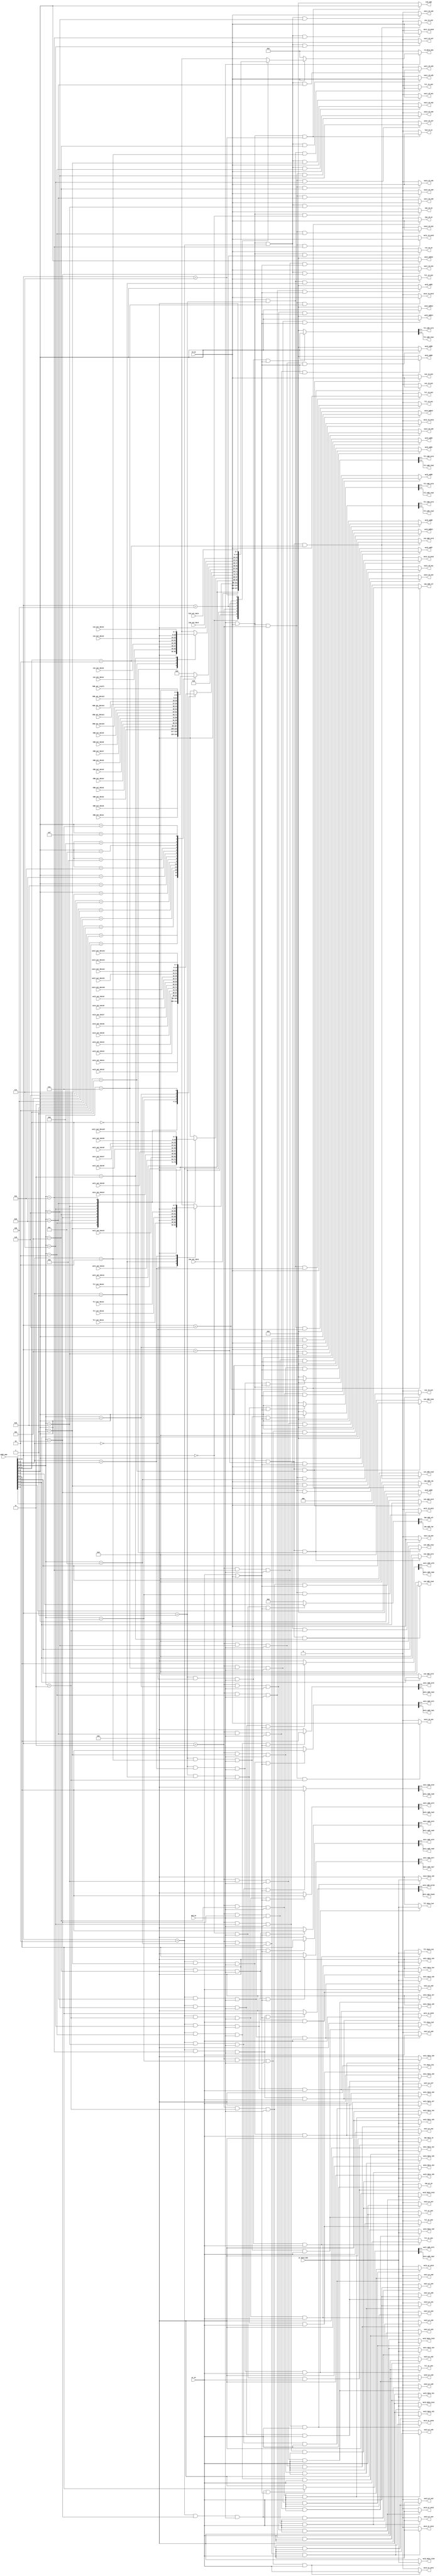
`timescale 1ns / 1ps
//////////////////////////////////////////////////////////////////////////////////
// Company: 
// Engineer: 
// 
// Design Name: 
// Module Name: Addr_tr
// Project Name: 
// Target Devices: 
// Tool Versions: 
// Description: 
// 
// Dependencies: 
// 
// Revision:
// Revision 0.01 - File Created
// Additional Comments:
// 
//////////////////////////////////////////////////////////////////////////////////


module Addr_tr(
   //general input
     wr_en, rd_en, mem_en, addr_mem, wr_data_mem, rd_data_mem,
     ima_wr_en, fil_wr_en1, fil_wr_en2, fil_wr_en3, fil_wr_en4,
     
     wei1_wr_en1, wei1_wr_en2, wei1_wr_en3, wei1_wr_en4, wei1_wr_en5,
     wei1_wr_en6, wei1_wr_en7, wei1_wr_en8, wei1_wr_en9, wei1_wr_en10,
     
     wei2_wr_en1, wei2_wr_en2, wei2_wr_en3, wei2_wr_en4, wei2_wr_en5, wei2_wr_en6, wei2_wr_en7,
     wei2_wr_en8, wei2_wr_en9, wei2_wr_en10, wei2_wr_en11, wei2_wr_en12, wei2_wr_en13, wei2_wr_en14,
     
     // Cnn Input Data
     ima_data_in, fil_data_in1, fil_data_in2, fil_data_in3, fil_data_in4,
     wei1_data_in0, wei1_data_in1, wei1_data_in2, wei1_data_in3, wei1_data_in4, wei1_data_in5,
     wei1_data_in6, wei1_data_in7, wei1_data_in8, wei1_data_in9,
     
     wei2_data_in0,wei2_data_in1,wei2_data_in2,wei2_data_in3,wei2_data_in4,
     wei2_data_in5,wei2_data_in6,wei2_data_in7,wei2_data_in8,wei2_data_in9,
     wei2_data_in10,wei2_data_in11,wei2_data_in12,wei2_data_in13,
     
     // Cnn Output Data
     CNN_out_result, CNN_out_data0, CNN_out_data1, CNN_out_data2, CNN_out_data3,
     CNN_out_data4, CNN_out_data5, CNN_out_data6, CNN_out_data7, CNN_out_data8,
     CNN_out_data9, CNN_out_data10, CNN_out_data11, CNN_out_data12, CNN_out_data13,
    
     // address
     ima_add_col,ima_add_row,
     fil_add_col1, fil_add_row1, fil_add_col2, fil_add_row2, fil_add_col3, fil_add_row3, fil_add_col4, fil_add_row4,
     
     wei1_add_col1, wei1_add_row1, wei1_add_col2, wei1_add_row2, wei1_add_col3, wei1_add_row3, wei1_add_col4, wei1_add_row4,
     wei1_add_col5, wei1_add_row5, wei1_add_col6, wei1_add_row6, wei1_add_col7, wei1_add_row7, wei1_add_col8, wei1_add_row8,
     wei1_add_col9, wei1_add_row9, wei1_add_col10, wei1_add_row10,
     
     wei2_add1, wei2_add2, wei2_add3, wei2_add4, wei2_add5, wei2_add6, wei2_add7,
     wei2_add8, wei2_add9, wei2_add10, wei2_add11, wei2_add12, wei2_add13, wei2_add14,
     /////////////////////////////////
     con_add_row1 ,con_add_col1, con_add_row2, con_add_col2, con_add_row3, con_add_col3, con_add_row4, con_add_col4,
     
     inp_add_row ,inp_add_col, hid_add,
     
     ima_rd_en, fil_rd_en1, fil_rd_en2, fil_rd_en3, fil_rd_en4,
     wei1_rd_en1, wei1_rd_en2, wei1_rd_en3, wei1_rd_en4, wei1_rd_en5, wei1_rd_en6, wei1_rd_en7, wei1_rd_en8, wei1_rd_en9, wei1_rd_en10,
     wei2_rd_en1, wei2_rd_en2, wei2_rd_en3, wei2_rd_en4, wei2_rd_en5, wei2_rd_en6, wei2_rd_en7,
     wei2_rd_en8, wei2_rd_en9, wei2_rd_en10, wei2_rd_en11, wei2_rd_en12, wei2_rd_en13, wei2_rd_en14,
     con_rd_en1, con_rd_en2, con_rd_en3, con_rd_en4, inp_rd_en, hid_rd_en, res_rd_en,
     
     ima_out_data, fil_out_data1, fil_out_data2, fil_out_data3, fil_out_data4,
     con_out_data1, con_out_data2, con_out_data3, con_out_data4,
     wei1_out_data1, wei1_out_data2, wei1_out_data3, wei1_out_data4, wei1_out_data5, wei1_out_data6, wei1_out_data7, wei1_out_data8, wei1_out_data9, wei1_out_data10,
     wei2_out_data1, wei2_out_data2, wei2_out_data3, wei2_out_data4, wei2_out_data5, wei2_out_data6, wei2_out_data7,
     wei2_out_data8, wei2_out_data9, wei2_out_data10, wei2_out_data11, wei2_out_data12, wei2_out_data13, wei2_out_data14,
     inp_out_data, hid_out_data
    );
    
    parameter DWIDTH = 16;
    parameter CWIDTH = 8;
    parameter IWIDTH = 5; //image memory
    parameter FWIDTH = 2;
    parameter W1_WIDTH_R = 5;
    parameter W1_WIDTH_C = 3;
    parameter W2_WIDTH = 4;
    parameter OWIDTH = 4;
    parameter HWIDTH = 4;
    parameter RWIDTH = 4;
        
    //memory enable signal
    input wr_en;
    input rd_en;
    input mem_en;
    
    //memory
    input wire [DWIDTH-1:0] addr_mem;
    input wire [CWIDTH-1:0] wr_data_mem;
    output reg [DWIDTH-1:0] rd_data_mem;
    
    output [IWIDTH-1:0] ima_add_row;
    output [IWIDTH-1:0] ima_add_col;
    output [FWIDTH-1:0] fil_add_row1;
    output [FWIDTH-1:0] fil_add_row2;
    output [FWIDTH-1:0] fil_add_row3;
    output [FWIDTH-1:0] fil_add_row4;
    output [FWIDTH-1:0] fil_add_col1;
    output [FWIDTH-1:0] fil_add_col2;
    output [FWIDTH-1:0] fil_add_col3;
    output [FWIDTH-1:0] fil_add_col4;
    output [W1_WIDTH_R-1:0] wei1_add_row1;
    output [W1_WIDTH_R-1:0] wei1_add_row2;
    output [W1_WIDTH_R-1:0] wei1_add_row3;
    output [W1_WIDTH_R-1:0] wei1_add_row4;
    output [W1_WIDTH_R-1:0] wei1_add_row5;
    output [W1_WIDTH_R-1:0] wei1_add_row6;
    output [W1_WIDTH_R-1:0] wei1_add_row7;
    output [W1_WIDTH_R-1:0] wei1_add_row8;
    output [W1_WIDTH_R-1:0] wei1_add_row9;
    output [W1_WIDTH_R-1:0] wei1_add_row10;
    output [W1_WIDTH_C-1:0] wei1_add_col1;
    output [W1_WIDTH_C-1:0] wei1_add_col2;
    output [W1_WIDTH_C-1:0] wei1_add_col3;
    output [W1_WIDTH_C-1:0] wei1_add_col4;
    output [W1_WIDTH_C-1:0] wei1_add_col5;
    output [W1_WIDTH_C-1:0] wei1_add_col6;
    output [W1_WIDTH_C-1:0] wei1_add_col7;
    output [W1_WIDTH_C-1:0] wei1_add_col8;
    output [W1_WIDTH_C-1:0] wei1_add_col9;
    output [W1_WIDTH_C-1:0] wei1_add_col10;
        
    output [W2_WIDTH-1:0] wei2_add1;
    output [W2_WIDTH-1:0] wei2_add2;
    output [W2_WIDTH-1:0] wei2_add3;
    output [W2_WIDTH-1:0] wei2_add4;
    output [W2_WIDTH-1:0] wei2_add5;
    output [W2_WIDTH-1:0] wei2_add6;
    output [W2_WIDTH-1:0] wei2_add7;
    output [W2_WIDTH-1:0] wei2_add8;
    output [W2_WIDTH-1:0] wei2_add9;
    output [W2_WIDTH-1:0] wei2_add10;
    output [W2_WIDTH-1:0] wei2_add11;
    output [W2_WIDTH-1:0] wei2_add12;
    output [W2_WIDTH-1:0] wei2_add13;
    output [W2_WIDTH-1:0] wei2_add14;
    
    output [CWIDTH-1:0] ima_data_in;
    output signed [CWIDTH-1:0] fil_data_in1;
    output signed [CWIDTH-1:0] fil_data_in2;
    output signed [CWIDTH-1:0] fil_data_in3;
    output signed [CWIDTH-1:0] fil_data_in4;
    
    output signed [CWIDTH-1:0] wei1_data_in0;
    output signed [CWIDTH-1:0] wei1_data_in1;
    output signed [CWIDTH-1:0] wei1_data_in2;
    output signed [CWIDTH-1:0] wei1_data_in3;
    output signed [CWIDTH-1:0] wei1_data_in4;
    output signed [CWIDTH-1:0] wei1_data_in5;
    output signed [CWIDTH-1:0] wei1_data_in6;
    output signed [CWIDTH-1:0] wei1_data_in7;
    output signed [CWIDTH-1:0] wei1_data_in8;
    output signed [CWIDTH-1:0] wei1_data_in9;
    
    output signed [CWIDTH-1:0] wei2_data_in0;
    output signed [CWIDTH-1:0] wei2_data_in1;
    output signed [CWIDTH-1:0] wei2_data_in2;
    output signed [CWIDTH-1:0] wei2_data_in3;
    output signed [CWIDTH-1:0] wei2_data_in4;
    output signed [CWIDTH-1:0] wei2_data_in5;
    output signed [CWIDTH-1:0] wei2_data_in6;
    output signed [CWIDTH-1:0] wei2_data_in7;
    output signed [CWIDTH-1:0] wei2_data_in8;
    output signed [CWIDTH-1:0] wei2_data_in9;
    output signed [CWIDTH-1:0] wei2_data_in10;
    output signed [CWIDTH-1:0] wei2_data_in11;
    output signed [CWIDTH-1:0] wei2_data_in12;
    output signed [CWIDTH-1:0] wei2_data_in13;
    
    output ima_wr_en;
    output fil_wr_en1;
    output fil_wr_en2;
    output fil_wr_en3;
    output fil_wr_en4;
    
    output wei1_wr_en1;
    output wei1_wr_en2;
    output wei1_wr_en3;
    output wei1_wr_en4;
    output wei1_wr_en5;
    output wei1_wr_en6;
    output wei1_wr_en7;
    output wei1_wr_en8;
    output wei1_wr_en9;
    output wei1_wr_en10;
    
    output wei2_wr_en1;
    output wei2_wr_en2;
    output wei2_wr_en3;
    output wei2_wr_en4;
    output wei2_wr_en5;
    output wei2_wr_en6;
    output wei2_wr_en7;
    output wei2_wr_en8;
    output wei2_wr_en9;
    output wei2_wr_en10;
    output wei2_wr_en11;
    output wei2_wr_en12;
    output wei2_wr_en13;
    output wei2_wr_en14;
    
    input wire [OWIDTH-1:0] CNN_out_result;       // prediction
    input wire signed [CWIDTH:0] CNN_out_data0;   // result of all calculation
    input wire signed [CWIDTH:0] CNN_out_data1;
    input wire signed [CWIDTH:0] CNN_out_data2;
    input wire signed [CWIDTH:0] CNN_out_data3;
    input wire signed [CWIDTH:0] CNN_out_data4;
    input wire signed [CWIDTH:0] CNN_out_data5;
    input wire signed [CWIDTH:0] CNN_out_data6;
    input wire signed [CWIDTH:0] CNN_out_data7;
    input wire signed [CWIDTH:0] CNN_out_data8;
    input wire signed [CWIDTH:0] CNN_out_data9;
    input wire signed [CWIDTH:0] CNN_out_data10;
    input wire signed [CWIDTH:0] CNN_out_data11;
    input wire signed [CWIDTH:0] CNN_out_data12;
    input wire signed [CWIDTH:0] CNN_out_data13;
    
    output [IWIDTH-1:0] con_add_row1;
    output [IWIDTH-1:0] con_add_col1;
    output [IWIDTH-1:0] con_add_row2;
    output [IWIDTH-1:0] con_add_col2;
    output [IWIDTH-1:0] con_add_row3;
    output [IWIDTH-1:0] con_add_col3;
    output [IWIDTH-1:0] con_add_row4;
    output [IWIDTH-1:0] con_add_col4;
    
    output [W1_WIDTH_R-1:0] inp_add_row;
    output [W1_WIDTH_C-1:0] inp_add_col;
    output [HWIDTH-1:0] hid_add;
    
    output ima_rd_en;
    output fil_rd_en1;
    output fil_rd_en2;
    output fil_rd_en3;
    output fil_rd_en4;
    output wei1_rd_en1;
    output wei1_rd_en2;
    output wei1_rd_en3;
    output wei1_rd_en4;
    output wei1_rd_en5;
    output wei1_rd_en6;
    output wei1_rd_en7;
    output wei1_rd_en8;
    output wei1_rd_en9;
    output wei1_rd_en10;
    output wei2_rd_en1;
    output wei2_rd_en2;
    output wei2_rd_en3;
    output wei2_rd_en4;
    output wei2_rd_en5;
    output wei2_rd_en6;
    output wei2_rd_en7;
    output wei2_rd_en8;
    output wei2_rd_en9;
    output wei2_rd_en10;
    output wei2_rd_en11;
    output wei2_rd_en12;
    output wei2_rd_en13;
    output wei2_rd_en14;
    output con_rd_en1;
    output con_rd_en2;
    output con_rd_en3;
    output con_rd_en4;
    output inp_rd_en;
    output hid_rd_en;
    output res_rd_en;
    
    input wire [CWIDTH-1:0] ima_out_data;
    input wire signed [CWIDTH-1:0] fil_out_data1;
    input wire signed [CWIDTH-1:0] fil_out_data2;
    input wire signed [CWIDTH-1:0] fil_out_data3;
    input wire signed [CWIDTH-1:0] fil_out_data4;
    input wire [CWIDTH-1:0] con_out_data1;
    input wire [CWIDTH-1:0] con_out_data2;
    input wire [CWIDTH-1:0] con_out_data3;
    input wire [CWIDTH-1:0] con_out_data4;
    input wire signed [CWIDTH-1:0] wei1_out_data1;
    input wire signed [CWIDTH-1:0] wei1_out_data2;
    input wire signed [CWIDTH-1:0] wei1_out_data3;
    input wire signed [CWIDTH-1:0] wei1_out_data4;
    input wire signed [CWIDTH-1:0] wei1_out_data5;
    input wire signed [CWIDTH-1:0] wei1_out_data6;
    input wire signed [CWIDTH-1:0] wei1_out_data7;
    input wire signed [CWIDTH-1:0] wei1_out_data8;
    input wire signed [CWIDTH-1:0] wei1_out_data9;
    input wire signed [CWIDTH-1:0] wei1_out_data10;
    input wire signed [CWIDTH-1:0] wei2_out_data1;
    input wire signed [CWIDTH-1:0] wei2_out_data2;
    input wire signed [CWIDTH-1:0] wei2_out_data3;
    input wire signed [CWIDTH-1:0] wei2_out_data4;
    input wire signed [CWIDTH-1:0] wei2_out_data5;
    input wire signed [CWIDTH-1:0] wei2_out_data6;
    input wire signed [CWIDTH-1:0] wei2_out_data7;
    input wire signed [CWIDTH-1:0] wei2_out_data8;
    input wire signed [CWIDTH-1:0] wei2_out_data9;
    input wire signed [CWIDTH-1:0] wei2_out_data10;
    input wire signed [CWIDTH-1:0] wei2_out_data11;
    input wire signed [CWIDTH-1:0] wei2_out_data12;
    input wire signed [CWIDTH-1:0] wei2_out_data13;
    input wire signed [CWIDTH-1:0] wei2_out_data14;
    input wire [CWIDTH-1:0] inp_out_data;
    input wire [CWIDTH-1:0] hid_out_data;
    //write enable sign assign
    assign ima_wr_en = (addr_mem[14:12] == 3'b000 && mem_en == 1'b1 && wr_en ==1'b1) ? wr_en : 1'b0;
    assign fil_wr_en1 = (addr_mem[14:12] == 3'b001 && addr_mem[5:4] == 2'd0 && mem_en == 1'b1 && wr_en ==1'b1) ? wr_en : 1'b0;
    assign fil_wr_en2 = (addr_mem[14:12] == 3'b001 && addr_mem[5:4] == 2'd1 && mem_en == 1'b1 && wr_en ==1'b1) ? wr_en : 1'b0;
    assign fil_wr_en3 = (addr_mem[14:12] == 3'b001 && addr_mem[5:4] == 2'd2 && mem_en == 1'b1 && wr_en ==1'b1) ? wr_en : 1'b0;
    assign fil_wr_en4 = (addr_mem[14:12] == 3'b001 && addr_mem[5:4] == 2'd3 && mem_en == 1'b1 && wr_en ==1'b1) ? wr_en : 1'b0;
    
    assign wei1_wr_en1 = (addr_mem[14:12] == 3'b010 && addr_mem[11:8] == 4'd1 && mem_en == 1'b1 && wr_en ==1'b1) ? wr_en : 1'b0;
    assign wei1_wr_en2 = (addr_mem[14:12] == 3'b010 && addr_mem[11:8] == 4'd2 && mem_en == 1'b1 && wr_en ==1'b1) ? wr_en : 1'b0;
    assign wei1_wr_en3 = (addr_mem[14:12] == 3'b010 && addr_mem[11:8] == 4'd3 && mem_en == 1'b1 && wr_en ==1'b1) ? wr_en : 1'b0; 
    assign wei1_wr_en4 = (addr_mem[14:12] == 3'b010 && addr_mem[11:8] == 4'd4 && mem_en == 1'b1 && wr_en ==1'b1) ? wr_en : 1'b0;    
    assign wei1_wr_en5 = (addr_mem[14:12] == 3'b010 && addr_mem[11:8] == 4'd5 && mem_en == 1'b1 && wr_en ==1'b1) ? wr_en : 1'b0;    
    assign wei1_wr_en6 = (addr_mem[14:12] == 3'b010 && addr_mem[11:8] == 4'd6 && mem_en == 1'b1 && wr_en ==1'b1) ? wr_en : 1'b0;      
    assign wei1_wr_en7 = (addr_mem[14:12] == 3'b010 && addr_mem[11:8] == 4'd7 && mem_en == 1'b1 && wr_en ==1'b1) ? wr_en : 1'b0;    
    assign wei1_wr_en8 = (addr_mem[14:12] == 3'b010 && addr_mem[11:8] == 4'd8 && mem_en == 1'b1 && wr_en ==1'b1) ? wr_en : 1'b0;    
    assign wei1_wr_en9 = (addr_mem[14:12] == 3'b010 && addr_mem[11:8] == 4'd9 && mem_en == 1'b1 && wr_en ==1'b1) ? wr_en : 1'b0;    
    assign wei1_wr_en10 = (addr_mem[14:12] == 3'b010 && addr_mem[11:8] == 4'd10 && mem_en == 1'b1 && wr_en ==1'b1) ? wr_en : 1'b0;
    
    assign wei2_wr_en1 = (addr_mem[14:12] == 3'b011 && addr_mem[11:8] == 4'd1 && mem_en == 1'b1 && wr_en ==1'b1) ? wr_en : 1'b0;
    assign wei2_wr_en2 = (addr_mem[14:12] == 3'b011 && addr_mem[11:8] == 4'd2 && mem_en == 1'b1 && wr_en ==1'b1) ? wr_en : 1'b0;
    assign wei2_wr_en3 = (addr_mem[14:12] == 3'b011 && addr_mem[11:8] == 4'd3 && mem_en == 1'b1 && wr_en ==1'b1) ? wr_en : 1'b0; 
    assign wei2_wr_en4 = (addr_mem[14:12] == 3'b011 && addr_mem[11:8] == 4'd4 && mem_en == 1'b1 && wr_en ==1'b1) ? wr_en : 1'b0;    
    assign wei2_wr_en5 = (addr_mem[14:12] == 3'b011 && addr_mem[11:8] == 4'd5 && mem_en == 1'b1 && wr_en ==1'b1) ? wr_en : 1'b0;    
    assign wei2_wr_en6 = (addr_mem[14:12] == 3'b011 && addr_mem[11:8] == 4'd6 && mem_en == 1'b1 && wr_en ==1'b1) ? wr_en : 1'b0;      
    assign wei2_wr_en7 = (addr_mem[14:12] == 3'b011 && addr_mem[11:8] == 4'd7 && mem_en == 1'b1 && wr_en ==1'b1) ? wr_en : 1'b0;    
    assign wei2_wr_en8 = (addr_mem[14:12] == 3'b011 && addr_mem[11:8] == 4'd8 && mem_en == 1'b1 && wr_en ==1'b1) ? wr_en : 1'b0;    
    assign wei2_wr_en9 = (addr_mem[14:12] == 3'b011 && addr_mem[11:8] == 4'd9 && mem_en == 1'b1 && wr_en ==1'b1) ? wr_en : 1'b0;    
    assign wei2_wr_en10 = (addr_mem[14:12] == 3'b011 && addr_mem[11:8] == 4'd10 && mem_en == 1'b1 && wr_en ==1'b1) ? wr_en : 1'b0;
    assign wei2_wr_en11 = (addr_mem[14:12] == 3'b011 && addr_mem[11:8] == 4'd11 && mem_en == 1'b1 && wr_en ==1'b1) ? wr_en : 1'b0;
    assign wei2_wr_en12 = (addr_mem[14:12] == 3'b011 && addr_mem[11:8] == 4'd12 && mem_en == 1'b1 && wr_en ==1'b1) ? wr_en : 1'b0;
    assign wei2_wr_en13 = (addr_mem[14:12] == 3'b011 && addr_mem[11:8] == 4'd13 && mem_en == 1'b1 && wr_en ==1'b1) ? wr_en : 1'b0;
    assign wei2_wr_en14 = (addr_mem[14:12] == 3'b011 && addr_mem[11:8] == 4'd14 && mem_en == 1'b1 && wr_en ==1'b1) ? wr_en : 1'b0;
    //memory address assign (these will be used to write and read)
    assign {ima_add_row, ima_add_col} = (addr_mem[14:12] == 3'b000 && mem_en == 1'b1 && (wr_en==1 || rd_en==1)) ? {addr_mem[9:5], addr_mem[4:0]} : 10'b0;
    assign {fil_add_row1, fil_add_col1} = (addr_mem[14:12] == 3'b001 && addr_mem[5:4] == 2'd0 && mem_en == 1'b1 && (wr_en==1 || rd_en==1)) ? {addr_mem[3:2], addr_mem[1:0]} : 4'b0;
    assign {fil_add_row2, fil_add_col2} = (addr_mem[14:12] == 3'b001 && addr_mem[5:4] == 2'd1 && mem_en == 1'b1 && (wr_en==1 || rd_en==1)) ? {addr_mem[3:2], addr_mem[1:0]} : 4'b0;
    assign {fil_add_row3, fil_add_col3} = (addr_mem[14:12] == 3'b001 && addr_mem[5:4] == 2'd2 && mem_en == 1'b1 && (wr_en==1 || rd_en==1)) ? {addr_mem[3:2], addr_mem[1:0]} : 4'b0;
    assign {fil_add_row4, fil_add_col4} = (addr_mem[14:12] == 3'b001 && addr_mem[5:4] == 2'd3 && mem_en == 1'b1 && (wr_en==1 || rd_en==1)) ? {addr_mem[3:2], addr_mem[1:0]} : 4'b0;
        
    assign {wei1_add_row1, wei1_add_col1} = (addr_mem[14:12] == 3'b010 && addr_mem[11:8] == 4'd1 && mem_en == 1'b1 && (wr_en==1 || rd_en==1)) ? {addr_mem[7:3], addr_mem[2:0]} : 8'b0;
    assign {wei1_add_row2, wei1_add_col2} = (addr_mem[14:12] == 3'b010 && addr_mem[11:8] == 4'd2 && mem_en == 1'b1 && (wr_en==1 || rd_en==1)) ? {addr_mem[7:3], addr_mem[2:0]} : 8'b0;
    assign {wei1_add_row3, wei1_add_col3} = (addr_mem[14:12] == 3'b010 && addr_mem[11:8] == 4'd3 && mem_en == 1'b1 && (wr_en==1 || rd_en==1)) ? {addr_mem[7:3], addr_mem[2:0]} : 8'b0; 
    assign {wei1_add_row4, wei1_add_col4} = (addr_mem[14:12] == 3'b010 && addr_mem[11:8] == 4'd4 && mem_en == 1'b1 && (wr_en==1 || rd_en==1)) ? {addr_mem[7:3], addr_mem[2:0]} : 8'b0;    
    assign {wei1_add_row5, wei1_add_col5} = (addr_mem[14:12] == 3'b010 && addr_mem[11:8] == 4'd5 && mem_en == 1'b1 && (wr_en==1 || rd_en==1)) ? {addr_mem[7:3], addr_mem[2:0]} : 8'b0;    
    assign {wei1_add_row6, wei1_add_col6} = (addr_mem[14:12] == 3'b010 && addr_mem[11:8] == 4'd6 && mem_en == 1'b1 && (wr_en==1 || rd_en==1)) ? {addr_mem[7:3], addr_mem[2:0]} : 8'b0;      
    assign {wei1_add_row7, wei1_add_col7} = (addr_mem[14:12] == 3'b010 && addr_mem[11:8] == 4'd7 && mem_en == 1'b1 && (wr_en==1 || rd_en==1)) ? {addr_mem[7:3], addr_mem[2:0]} : 8'b0;    
    assign {wei1_add_row8, wei1_add_col8} = (addr_mem[14:12] == 3'b010 && addr_mem[11:8] == 4'd8 && mem_en == 1'b1 && (wr_en==1 || rd_en==1)) ? {addr_mem[7:3], addr_mem[2:0]} : 8'b0;    
    assign {wei1_add_row9, wei1_add_col9} = (addr_mem[14:12] == 3'b010 && addr_mem[11:8] == 4'd9 && mem_en == 1'b1 && (wr_en==1 || rd_en==1)) ? {addr_mem[7:3], addr_mem[2:0]} : 8'b0;    
    assign {wei1_add_row10, wei1_add_col10} = (addr_mem[14:12] == 3'b010 && addr_mem[11:8] == 4'd10 && mem_en == 1'b1 && (wr_en==1 || rd_en==1)) ? {addr_mem[7:3], addr_mem[2:0]} : 8'b0;   
    
    assign wei2_add1 = (addr_mem[14:12] == 3'b011 && addr_mem[11:8] == 4'd1 && mem_en == 1'b1 && (wr_en==1 || rd_en==1)) ? addr_mem[3:0] : 4'b0;
    assign wei2_add2 = (addr_mem[14:12] == 3'b011 && addr_mem[11:8] == 4'd2 && mem_en == 1'b1 && (wr_en==1 || rd_en==1)) ? addr_mem[3:0] : 4'b0;
    assign wei2_add3 = (addr_mem[14:12] == 3'b011 && addr_mem[11:8] == 4'd3 && mem_en == 1'b1 && (wr_en==1 || rd_en==1)) ? addr_mem[3:0] : 4'b0;
    assign wei2_add4 = (addr_mem[14:12] == 3'b011 && addr_mem[11:8] == 4'd4 && mem_en == 1'b1 && (wr_en==1 || rd_en==1)) ? addr_mem[3:0] : 4'b0;
    assign wei2_add5 = (addr_mem[14:12] == 3'b011 && addr_mem[11:8] == 4'd5 && mem_en == 1'b1 && (wr_en==1 || rd_en==1)) ? addr_mem[3:0] : 4'b0;  
    assign wei2_add6 = (addr_mem[14:12] == 3'b011 && addr_mem[11:8] == 4'd6 && mem_en == 1'b1 && (wr_en==1 || rd_en==1)) ? addr_mem[3:0] : 4'b0;  
    assign wei2_add7 = (addr_mem[14:12] == 3'b011 && addr_mem[11:8] == 4'd7 && mem_en == 1'b1 && (wr_en==1 || rd_en==1)) ? addr_mem[3:0] : 4'b0;
    assign wei2_add8 = (addr_mem[14:12] == 3'b011 && addr_mem[11:8] == 4'd8 && mem_en == 1'b1 && (wr_en==1 || rd_en==1)) ? addr_mem[3:0] : 4'b0;
    assign wei2_add9 = (addr_mem[14:12] == 3'b011 && addr_mem[11:8] == 4'd9 && mem_en == 1'b1 && (wr_en==1 || rd_en==1)) ? addr_mem[3:0] : 4'b0;    
    assign wei2_add10 = (addr_mem[14:12] == 3'b011 && addr_mem[11:8] == 4'd10 && mem_en == 1'b1 && (wr_en==1 || rd_en==1)) ? addr_mem[3:0] : 4'b0;
    assign wei2_add11 = (addr_mem[14:12] == 3'b011 && addr_mem[11:8] == 4'd11 && mem_en == 1'b1 && (wr_en==1 || rd_en==1)) ? addr_mem[3:0] : 4'b0;
    assign wei2_add12 = (addr_mem[14:12] == 3'b011 && addr_mem[11:8] == 4'd12 && mem_en == 1'b1 && (wr_en==1 || rd_en==1)) ? addr_mem[3:0] : 4'b0;
    assign wei2_add13 = (addr_mem[14:12] == 3'b011 && addr_mem[11:8] == 4'd13 && mem_en == 1'b1 && (wr_en==1 || rd_en==1)) ? addr_mem[3:0] : 4'b0;
    assign wei2_add14 = (addr_mem[14:12] == 3'b011 && addr_mem[11:8] == 4'd14 && mem_en == 1'b1 && (wr_en==1 || rd_en==1)) ? addr_mem[3:0] : 4'b0;
    //memory input data
    assign ima_data_in = (addr_mem[14:12] == 3'b000 && mem_en == 1'b1 && wr_en ==1'b1) ? wr_data_mem[7:0] : 8'b0;
    assign fil_data_in1 = (addr_mem[14:12] == 3'b001 && addr_mem[5:4] == 2'd0 && mem_en == 1'b1 && wr_en ==1'b1) ? wr_data_mem[7:0] : 8'b0;
    assign fil_data_in2 = (addr_mem[14:12] == 3'b001 && addr_mem[5:4] == 2'd1 && mem_en == 1'b1 && wr_en ==1'b1) ? wr_data_mem[7:0] : 8'b0;
    assign fil_data_in3 = (addr_mem[14:12] == 3'b001 && addr_mem[5:4] == 2'd2 && mem_en == 1'b1 && wr_en ==1'b1) ? wr_data_mem[7:0] : 8'b0;
    assign fil_data_in4 = (addr_mem[14:12] == 3'b001 && addr_mem[5:4] == 2'd3 && mem_en == 1'b1 && wr_en ==1'b1) ? wr_data_mem[7:0] : 8'b0;
    
    assign {wei1_data_in0} = (addr_mem[14:12] == 3'b010 && addr_mem[11:8] == 4'd1 && mem_en == 1'b1 && wr_en ==1'b1) ? wr_data_mem[7:0] : 8'b0;
    assign {wei1_data_in1} = (addr_mem[14:12] == 3'b010 && addr_mem[11:8] == 4'd2 && mem_en == 1'b1 && wr_en ==1'b1) ? wr_data_mem[7:0] : 8'b0;
    assign {wei1_data_in2} = (addr_mem[14:12] == 3'b010 && addr_mem[11:8] == 4'd3 && mem_en == 1'b1 && wr_en ==1'b1) ? wr_data_mem[7:0] : 8'b0; 
    assign {wei1_data_in3} = (addr_mem[14:12] == 3'b010 && addr_mem[11:8] == 4'd4 && mem_en == 1'b1 && wr_en ==1'b1) ? wr_data_mem[7:0] : 8'b0;    
    assign {wei1_data_in4} = (addr_mem[14:12] == 3'b010 && addr_mem[11:8] == 4'd5 && mem_en == 1'b1 && wr_en ==1'b1) ? wr_data_mem[7:0] : 8'b0;    
    assign {wei1_data_in5} = (addr_mem[14:12] == 3'b010 && addr_mem[11:8] == 4'd6 && mem_en == 1'b1 && wr_en ==1'b1) ? wr_data_mem[7:0] : 8'b0;      
    assign {wei1_data_in6} = (addr_mem[14:12] == 3'b010 && addr_mem[11:8] == 4'd7 && mem_en == 1'b1 && wr_en ==1'b1) ? wr_data_mem[7:0] : 8'b0;    
    assign {wei1_data_in7} = (addr_mem[14:12] == 3'b010 && addr_mem[11:8] == 4'd8 && mem_en == 1'b1 && wr_en ==1'b1) ? wr_data_mem[7:0] : 8'b0;    
    assign {wei1_data_in8} = (addr_mem[14:12] == 3'b010 && addr_mem[11:8] == 4'd9 && mem_en == 1'b1 && wr_en ==1'b1) ? wr_data_mem[7:0] : 8'b0;    
    assign {wei1_data_in9} = (addr_mem[14:12] == 3'b010 && addr_mem[11:8] == 4'd10 && mem_en == 1'b1 && wr_en ==1'b1) ? wr_data_mem[7:0] : 8'b0;
    
    assign wei2_data_in0 = (addr_mem[14:12] == 3'b011 && addr_mem[11:8] == 4'd1 && mem_en == 1'b1 && wr_en ==1'b1) ? wr_data_mem[7:0] : 8'b0;
    assign wei2_data_in1 = (addr_mem[14:12] == 3'b011 && addr_mem[11:8] == 4'd2 && mem_en == 1'b1 && wr_en ==1'b1) ? wr_data_mem[7:0] : 8'b0;
    assign wei2_data_in2 = (addr_mem[14:12] == 3'b011 && addr_mem[11:8] == 4'd3 && mem_en == 1'b1 && wr_en ==1'b1) ? wr_data_mem[7:0] : 8'b0;
    assign wei2_data_in3 = (addr_mem[14:12] == 3'b011 && addr_mem[11:8] == 4'd4 && mem_en == 1'b1 && wr_en ==1'b1) ? wr_data_mem[7:0] : 8'b0;
    assign wei2_data_in4 = (addr_mem[14:12] == 3'b011 && addr_mem[11:8] == 4'd5 && mem_en == 1'b1 && wr_en ==1'b1) ? wr_data_mem[7:0] : 8'b0;
    assign wei2_data_in5 = (addr_mem[14:12] == 3'b011 && addr_mem[11:8] == 4'd6 && mem_en == 1'b1 && wr_en ==1'b1) ? wr_data_mem[7:0] : 8'b0;
    assign wei2_data_in6 = (addr_mem[14:12] == 3'b011 && addr_mem[11:8] == 4'd7 && mem_en == 1'b1 && wr_en ==1'b1) ? wr_data_mem[7:0] : 8'b0;
    assign wei2_data_in7 = (addr_mem[14:12] == 3'b011 && addr_mem[11:8] == 4'd8 && mem_en == 1'b1 && wr_en ==1'b1) ? wr_data_mem[7:0] : 8'b0;
    assign wei2_data_in8 = (addr_mem[14:12] == 3'b011 && addr_mem[11:8] == 4'd9 && mem_en == 1'b1 && wr_en ==1'b1) ? wr_data_mem[7:0] : 8'b0;
    assign wei2_data_in9 = (addr_mem[14:12] == 3'b011 && addr_mem[11:8] == 4'd10 && mem_en == 1'b1 && wr_en ==1'b1) ? wr_data_mem[7:0] : 8'b0;
    assign wei2_data_in10 = (addr_mem[14:12] == 3'b011 && addr_mem[11:8] == 4'd11 && mem_en == 1'b1 && wr_en ==1'b1) ? wr_data_mem[7:0] : 8'b0;
    assign wei2_data_in11 = (addr_mem[14:12] == 3'b011 && addr_mem[11:8] == 4'd12 && mem_en == 1'b1 && wr_en ==1'b1) ? wr_data_mem[7:0] : 8'b0;
    assign wei2_data_in12 = (addr_mem[14:12] == 3'b011 && addr_mem[11:8] == 4'd13 && mem_en == 1'b1 && wr_en ==1'b1) ? wr_data_mem[7:0] : 8'b0;
    assign wei2_data_in13 = (addr_mem[14:12] == 3'b011 && addr_mem[11:8] == 4'd14 && mem_en == 1'b1 && wr_en ==1'b1) ? wr_data_mem[7:0] : 8'b0;
    //memory output data
    always @ (*)
    begin
        if(mem_en)
        begin
            if(rd_en)
            begin
                case(addr_mem[14:12])
                    3'b000:begin
                        rd_data_mem = {8'd0,ima_out_data};
                    end
                    3'b001:begin
                        case(addr_mem[5:4])
                            2'b00: rd_data_mem = {8'd0,fil_out_data1};
                            2'b01: rd_data_mem = {8'd0,fil_out_data2};
                            2'b10: rd_data_mem = {8'd0,fil_out_data3};
                            2'b11: rd_data_mem = {8'd0,fil_out_data4};
                        endcase
                    end
                    3'b010:begin
                        case(addr_mem[11:8])
                            4'b0001 : rd_data_mem = {8'd0,wei1_out_data1};
                            4'b0010 : rd_data_mem = {8'd0,wei1_out_data2};
                            4'b0011 : rd_data_mem = {8'd0,wei1_out_data3};
                            4'b0100 : rd_data_mem = {8'd0,wei1_out_data4};
                            4'b0101 : rd_data_mem = {8'd0,wei1_out_data5};
                            4'b0110 : rd_data_mem = {8'd0,wei1_out_data6};
                            4'b0111 : rd_data_mem = {8'd0,wei1_out_data7};
                            4'b1000 : rd_data_mem = {8'd0,wei1_out_data8};
                            4'b1001 : rd_data_mem = {8'd0,wei1_out_data9};
                            4'b1010 : rd_data_mem = {8'd0,wei1_out_data10};
                            default : rd_data_mem = 16'd0;
                        endcase
                    end
                    3'b011:begin
                        case(addr_mem[11:8])
                            4'b0001 : rd_data_mem = {8'd0,wei2_out_data1};
                            4'b0010 : rd_data_mem = {8'd0,wei2_out_data2};
                            4'b0011 : rd_data_mem = {8'd0,wei2_out_data3};
                            4'b0100 : rd_data_mem = {8'd0,wei2_out_data4};
                            4'b0101 : rd_data_mem = {8'd0,wei2_out_data5};
                            4'b0110 : rd_data_mem = {8'd0,wei2_out_data6};
                            4'b0111 : rd_data_mem = {8'd0,wei2_out_data7};
                            4'b1000 : rd_data_mem = {8'd0,wei2_out_data8};
                            4'b1001 : rd_data_mem = {8'd0,wei2_out_data9};
                            4'b1010 : rd_data_mem = {8'd0,wei2_out_data10};
                            4'b1011 : rd_data_mem = {8'd0,wei2_out_data11};
                            4'b1100 : rd_data_mem = {8'd0,wei2_out_data12};
                            4'b1101 : rd_data_mem = {8'd0,wei2_out_data13};
                            4'b1110 : rd_data_mem = {8'd0,wei2_out_data14};
                            default : rd_data_mem = 16'd0;
                        endcase
                    end
                    3'b100:begin
                        case(addr_mem[3:0])
                            4'b0001 : rd_data_mem = {7'd0,CNN_out_data0};
                            4'b0010 : rd_data_mem = {7'd0,CNN_out_data1};
                            4'b0011 : rd_data_mem = {7'd0,CNN_out_data2};
                            4'b0100 : rd_data_mem = {7'd0,CNN_out_data3};
                            4'b0101 : rd_data_mem = {7'd0,CNN_out_data4};
                            4'b0110 : rd_data_mem = {7'd0,CNN_out_data5};
                            4'b0111 : rd_data_mem = {7'd0,CNN_out_data6};
                            4'b1000 : rd_data_mem = {7'd0,CNN_out_data7};
                            4'b1001 : rd_data_mem = {7'd0,CNN_out_data8};
                            4'b1010 : rd_data_mem = {7'd0,CNN_out_data9};
                            4'b1011 : rd_data_mem = {7'd0,CNN_out_data10};
                            4'b1100 : rd_data_mem = {7'd0,CNN_out_data11};
                            4'b1101 : rd_data_mem = {7'd0,CNN_out_data12};
                            4'b1110 : rd_data_mem = {7'd0,CNN_out_data13};
                            4'b1111 : rd_data_mem = {12'd0,CNN_out_result};
                            default : begin
                                rd_data_mem = 16'd0;
                            end
                        endcase
                    end
                    3'b101:begin
                        case(addr_mem[11:10])
                            2'b00: rd_data_mem = {8'd0,con_out_data1};
                            2'b01: rd_data_mem = {8'd0,con_out_data2};
                            3'b10: rd_data_mem = {8'd0,con_out_data3};
                            4'b11: rd_data_mem = {8'd0,con_out_data4};
                        endcase
                    end
                    3'b110:begin
                        rd_data_mem = {8'd0,inp_out_data};
                    end
                    3'b111:begin
                        rd_data_mem = {8'd0,hid_out_data};
                    end
                endcase
            end
            else
            begin
                rd_data_mem = 16'd0;
            end
        end
        else
        begin
            rd_data_mem = 16'd0;
        end
    end
    //memory address( these will be used to only read)
    assign con_add_row1 = (mem_en == 1'b1 && rd_en == 1'b1 && (addr_mem[14:12] == 3'b101) && (addr_mem[11:10] == 2'b00)) ? addr_mem[9:5] : 5'b0;
    assign con_add_col1 = (mem_en == 1'b1 && rd_en == 1'b1 && (addr_mem[14:12] == 3'b101) && (addr_mem[11:10] == 2'b00)) ? addr_mem[4:0] : 5'b0;
    assign con_add_row2 = (mem_en == 1'b1 && rd_en == 1'b1 && (addr_mem[14:12] == 3'b101) && (addr_mem[11:10] == 2'b01)) ? addr_mem[9:5] : 5'b0;
    assign con_add_col2 = (mem_en == 1'b1 && rd_en == 1'b1 && (addr_mem[14:12] == 3'b101) && (addr_mem[11:10] == 2'b01)) ? addr_mem[4:0] : 5'b0;
    assign con_add_row3 = (mem_en == 1'b1 && rd_en == 1'b1 && (addr_mem[14:12] == 3'b101) && (addr_mem[11:10] == 2'b10)) ? addr_mem[9:5] : 5'b0;
    assign con_add_col3 = (mem_en == 1'b1 && rd_en == 1'b1 && (addr_mem[14:12] == 3'b101) && (addr_mem[11:10] == 2'b10)) ? addr_mem[4:0] : 5'b0;
    assign con_add_row4 = (mem_en == 1'b1 && rd_en == 1'b1 && (addr_mem[14:12] == 3'b101) && (addr_mem[11:10] == 2'b11)) ? addr_mem[9:5] : 5'b0;
    assign con_add_col4 = (mem_en == 1'b1 && rd_en == 1'b1 && (addr_mem[14:12] == 3'b101) && (addr_mem[11:10] == 2'b11)) ? addr_mem[4:0] : 5'b0;
    assign inp_add_row = (mem_en == 1'b1 && rd_en == 1'b1 && addr_mem[14:12] == 3'b110) ? addr_mem[7:3] : 5'b0;
    assign inp_add_col = (mem_en == 1'b1 && rd_en == 1'b1 && addr_mem[14:12] == 3'b110) ? addr_mem[2:0] : 3'b0;
    assign hid_add = (mem_en == 1'b1 && rd_en == 1'b1 && addr_mem[14:12] == 3'b111) ? addr_mem[3:0] : 4'b0;
    //read enable sign assign
    assign ima_rd_en = (mem_en == 1'b1 && rd_en == 1'b1 && addr_mem[14:12] == 3'b000) ? rd_en : 1'b0;
    
    assign fil_rd_en1 = (mem_en == 1'b1 && rd_en == 1'b1 && addr_mem[14:12] == 3'b001 && addr_mem[5:4] == 2'b00) ? rd_en : 1'b0;
    assign fil_rd_en2 = (mem_en == 1'b1 && rd_en == 1'b1 && addr_mem[14:12] == 3'b001 && addr_mem[5:4] == 2'b01) ? rd_en : 1'b0;
    assign fil_rd_en3 = (mem_en == 1'b1 && rd_en == 1'b1 && addr_mem[14:12] == 3'b001 && addr_mem[5:4] == 2'b10) ? rd_en : 1'b0;
    assign fil_rd_en4 = (mem_en == 1'b1 && rd_en == 1'b1 && addr_mem[14:12] == 3'b001 && addr_mem[5:4] == 2'b11) ? rd_en : 1'b0;
    
    assign wei1_rd_en1 = (mem_en == 1'b1 && rd_en == 1'b1 && addr_mem[14:12] == 3'b010 && addr_mem[11:8] == 4'b0001) ? rd_en : 1'b0;
    assign wei1_rd_en2 = (mem_en == 1'b1 && rd_en == 1'b1 && addr_mem[14:12] == 3'b010 && addr_mem[11:8] == 4'b0010) ? rd_en : 1'b0;
    assign wei1_rd_en3 = (mem_en == 1'b1 && rd_en == 1'b1 && addr_mem[14:12] == 3'b010 && addr_mem[11:8] == 4'b0011) ? rd_en : 1'b0;
    assign wei1_rd_en4 = (mem_en == 1'b1 && rd_en == 1'b1 && addr_mem[14:12] == 3'b010 && addr_mem[11:8] == 4'b0100) ? rd_en : 1'b0;
    assign wei1_rd_en5 = (mem_en == 1'b1 && rd_en == 1'b1 && addr_mem[14:12] == 3'b010 && addr_mem[11:8] == 4'b0101) ? rd_en : 1'b0;
    assign wei1_rd_en6 = (mem_en == 1'b1 && rd_en == 1'b1 && addr_mem[14:12] == 3'b010 && addr_mem[11:8] == 4'b0110) ? rd_en : 1'b0;
    assign wei1_rd_en7 = (mem_en == 1'b1 && rd_en == 1'b1 && addr_mem[14:12] == 3'b010 && addr_mem[11:8] == 4'b0111) ? rd_en : 1'b0;
    assign wei1_rd_en8 = (mem_en == 1'b1 && rd_en == 1'b1 && addr_mem[14:12] == 3'b010 && addr_mem[11:8] == 4'b1000) ? rd_en : 1'b0;
    assign wei1_rd_en9 = (mem_en == 1'b1 && rd_en == 1'b1 && addr_mem[14:12] == 3'b010 && addr_mem[11:8] == 4'b1001) ? rd_en : 1'b0;
    assign wei1_rd_en10 = (mem_en == 1'b1 && rd_en == 1'b1 && addr_mem[14:12] == 3'b010 && addr_mem[11:8] == 4'b1010) ? rd_en : 1'b0;
    
    assign wei2_rd_en1 = (mem_en == 1'b1 && rd_en == 1'b1 && addr_mem[14:12] == 3'b011 && addr_mem[11:8] == 4'b0001) ? rd_en : 1'b0;
    assign wei2_rd_en2 = (mem_en == 1'b1 && rd_en == 1'b1 && addr_mem[14:12] == 3'b011 && addr_mem[11:8] == 4'b0010) ? rd_en : 1'b0;
    assign wei2_rd_en3 = (mem_en == 1'b1 && rd_en == 1'b1 && addr_mem[14:12] == 3'b011 && addr_mem[11:8] == 4'b0011) ? rd_en : 1'b0;
    assign wei2_rd_en4 = (mem_en == 1'b1 && rd_en == 1'b1 && addr_mem[14:12] == 3'b011 && addr_mem[11:8] == 4'b0100) ? rd_en : 1'b0;
    assign wei2_rd_en5 = (mem_en == 1'b1 && rd_en == 1'b1 && addr_mem[14:12] == 3'b011 && addr_mem[11:8] == 4'b0101) ? rd_en : 1'b0;
    assign wei2_rd_en6 = (mem_en == 1'b1 && rd_en == 1'b1 && addr_mem[14:12] == 3'b011 && addr_mem[11:8] == 4'b0110) ? rd_en : 1'b0;
    assign wei2_rd_en7 = (mem_en == 1'b1 && rd_en == 1'b1 && addr_mem[14:12] == 3'b011 && addr_mem[11:8] == 4'b0111) ? rd_en : 1'b0;
    assign wei2_rd_en8 = (mem_en == 1'b1 && rd_en == 1'b1 && addr_mem[14:12] == 3'b011 && addr_mem[11:8] == 4'b1000) ? rd_en : 1'b0;
    assign wei2_rd_en9 = (mem_en == 1'b1 && rd_en == 1'b1 && addr_mem[14:12] == 3'b011 && addr_mem[11:8] == 4'b1001) ? rd_en : 1'b0;
    assign wei2_rd_en10 = (mem_en == 1'b1 && rd_en == 1'b1 && addr_mem[14:12] == 3'b011 && addr_mem[11:8] == 4'b1010) ? rd_en : 1'b0;
    assign wei2_rd_en11 = (mem_en == 1'b1 && rd_en == 1'b1 && addr_mem[14:12] == 3'b011 && addr_mem[11:8] == 4'b1011) ? rd_en : 1'b0;
    assign wei2_rd_en12 = (mem_en == 1'b1 && rd_en == 1'b1 && addr_mem[14:12] == 3'b011 && addr_mem[11:8] == 4'b1100) ? rd_en : 1'b0;
    assign wei2_rd_en13 = (mem_en == 1'b1 && rd_en == 1'b1 && addr_mem[14:12] == 3'b011 && addr_mem[11:8] == 4'b1101) ? rd_en : 1'b0;
    assign wei2_rd_en14 = (mem_en == 1'b1 && rd_en == 1'b1 && addr_mem[14:12] == 3'b011 && addr_mem[11:8] == 4'b1110) ? rd_en : 1'b0;
    
    assign res_rd_en = (mem_en == 1'b1 && rd_en == 1'b1 && addr_mem[14:12] == 3'b100) ? rd_en : 1'b0;
    
    assign con_rd_en1 = (mem_en == 1'b1 && rd_en == 1'b1 && (addr_mem[14:12] == 3'b101) && (addr_mem[11:10] == 2'b00)) ? rd_en : 1'b0;
    assign con_rd_en2 = (mem_en == 1'b1 && rd_en == 1'b1 && (addr_mem[14:12] == 3'b101) && (addr_mem[11:10] == 2'b01)) ? rd_en : 1'b0;
    assign con_rd_en3 = (mem_en == 1'b1 && rd_en == 1'b1 && (addr_mem[14:12] == 3'b101) && (addr_mem[11:10] == 2'b10)) ? rd_en : 1'b0;
    assign con_rd_en4 = (mem_en == 1'b1 && rd_en == 1'b1 && (addr_mem[14:12] == 3'b101) && (addr_mem[11:10] == 2'b11)) ? rd_en : 1'b0;
    
    assign inp_rd_en = (mem_en == 1'b1 && rd_en == 1'b1 && addr_mem[14:12] == 3'b110) ? rd_en : 1'b0;
    
    assign hid_rd_en = (mem_en == 1'b1 && rd_en == 1'b1 && addr_mem[14:12] == 3'b111) ? rd_en : 1'b0;

endmodule